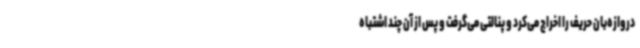
دروازه‌بان حریف را اخراج می‌کرد و پنالتی می‌گرفت و پس از آن چند اشتباه